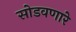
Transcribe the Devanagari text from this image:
सोडवणारे